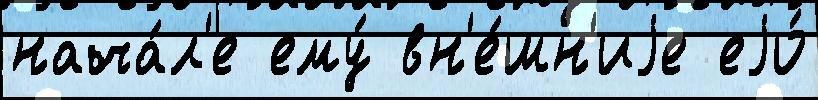
нача́л'е ему́ вн'е́шн'иjе еjо́